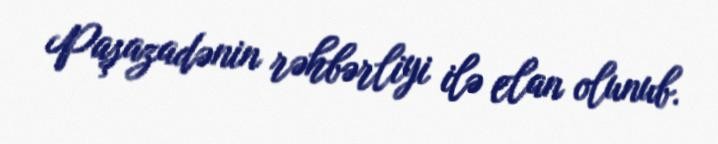
Paşazadənin rəhbərliyi ilə elan olunub.